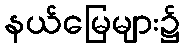
နယ်မြေများ၌